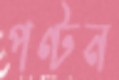
পণ্টন